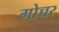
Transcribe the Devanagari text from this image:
गोच्चर